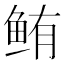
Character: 鲔